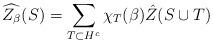
LaTeX: \begin{align*}\widehat{Z_\beta}(S)=\sum_{T\subset H^c} \chi_{T}(\beta)\hat Z(S\cup T)\end{align*}